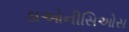
ડાઓનીસિઓસ